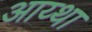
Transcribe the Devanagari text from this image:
आय्था